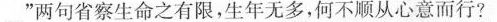
_”两句省察生命之有限，生年无多，何不顺从心意而行?